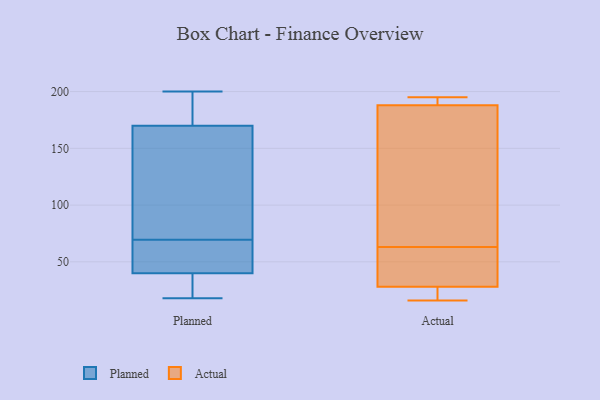
{"axis": {"x": "Market Share (%)", "y": "Value"}, "legend": ["Actual", "Planned"], "data": [{"x": "", "y": 32, "type": "Planned"}, {"x": "", "y": 26, "type": "Planned"}, {"x": "", "y": 54, "type": "Planned"}, {"x": "", "y": 200, "type": "Planned"}, {"x": "", "y": 165, "type": "Planned"}, {"x": "", "y": 191, "type": "Planned"}, {"x": "", "y": 48, "type": "Planned"}, {"x": "", "y": 52, "type": "Planned"}, {"x": "", "y": 59, "type": "Planned"}, {"x": "", "y": 153, "type": "Planned"}, {"x": "", "y": 116, "type": "Planned"}, {"x": "", "y": 29, "type": "Planned"}, {"x": "", "y": 175, "type": "Planned"}, {"x": "", "y": 80, "type": "Planned"}, {"x": "", "y": 18, "type": "Planned"}, {"x": "", "y": 181, "type": "Planned"}, {"x": "", "y": 16, "type": "Actual"}, {"x": "", "y": 21, "type": "Actual"}, {"x": "", "y": 195, "type": "Actual"}, {"x": "", "y": 28, "type": "Actual"}, {"x": "", "y": 188, "type": "Actual"}, {"x": "", "y": 57, "type": "Actual"}, {"x": "", "y": 190, "type": "Actual"}, {"x": "", "y": 31, "type": "Actual"}, {"x": "", "y": 69, "type": "Actual"}, {"x": "", "y": 135, "type": "Actual"}]}